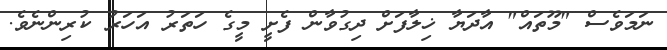
ނަމަވެސް "މޫތައް" އާދަޔާ ޚިލާފަށް ދިގުވާން ފެށީ މީގެ ހަތަރު އަހަރު ކުރިންނެވެ.